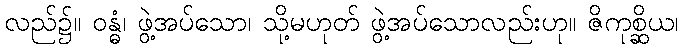
လည်၌။ ဝန္ဓံ၊ ဖွဲ့အပ်သော၊ သို့မဟုတ် ဖွဲ့အပ်သောလည်းဟု။ ဇိကုစ္ဆိယ၊